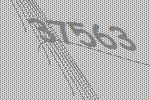
37563